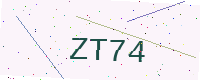
Text: ZT74